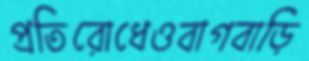
প্রতিরোধেওবাগবাড়ি